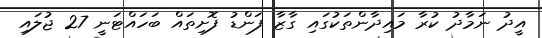
އީދު ނަމާދު ކުރާ މައިދާންތަކުގައި ގާޒާ ފަންޑު ފޮށިތައް ބަހައްޓަނީ 27 ޖުލައި